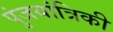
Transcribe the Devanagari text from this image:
पुंजयांत्रिकी